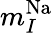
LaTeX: m_{I}^{\mathrm{{Na}}}